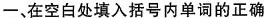
一、在空白处填入括号内单词的正确